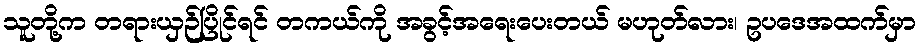
သူတို့က တရားယှဉ်ပြိုင်ရင် တကယ်ကို အခွင့်အရေးပေးတယ် မဟုတ်လား၊ ဥပဒေအထက်မှာ